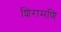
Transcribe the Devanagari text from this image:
शिरामणि